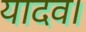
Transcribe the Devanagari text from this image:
यादव।